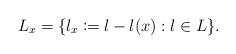
LaTeX: \begin{align*} L_x = \{l_x\coloneqq l-l(x): l \in L\}. \end{align*}